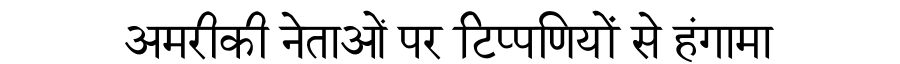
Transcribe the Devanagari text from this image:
अमरीकी नेताओं पर टिप्पणियों से हंगामा